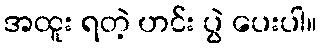
အထူး ရတဲ့ ဟင်း ပွဲ ပေးပါ။